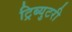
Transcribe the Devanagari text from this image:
ट्रिब्युटरी